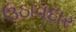
ઉઠાવદાર